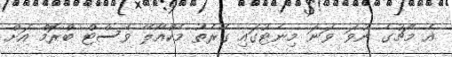
އެ މެޗުގެ ނުވަ ވަނަ މިނެޓުގައި ގެރެތު މެކްއޯލޭ ވެސްޓް ބްރޮމް އަށް